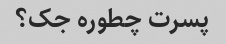
پسرت چطوره جک؟